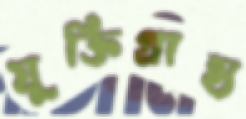
যুক্তিগ্রাহ্য